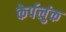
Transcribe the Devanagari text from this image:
केर्पलुंक